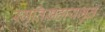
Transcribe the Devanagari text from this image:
स्मृतिसहायभूत